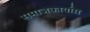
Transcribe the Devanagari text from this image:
समाजकार्यास